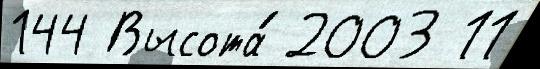
144 Высота́ 2003 11